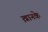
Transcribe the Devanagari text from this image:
ख़ानके